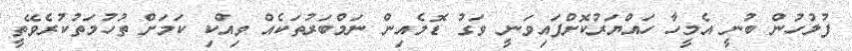
ފުލުހުން ބުނީ އެމީހާ ހައްޔަރުކޮށްފައިވަނީ ވަގު ޑޮމެއިން ނަމްބަރުތަކެއް ވިއްކި ކަމަށް ތުހުމަތުކުރެވޭތީ